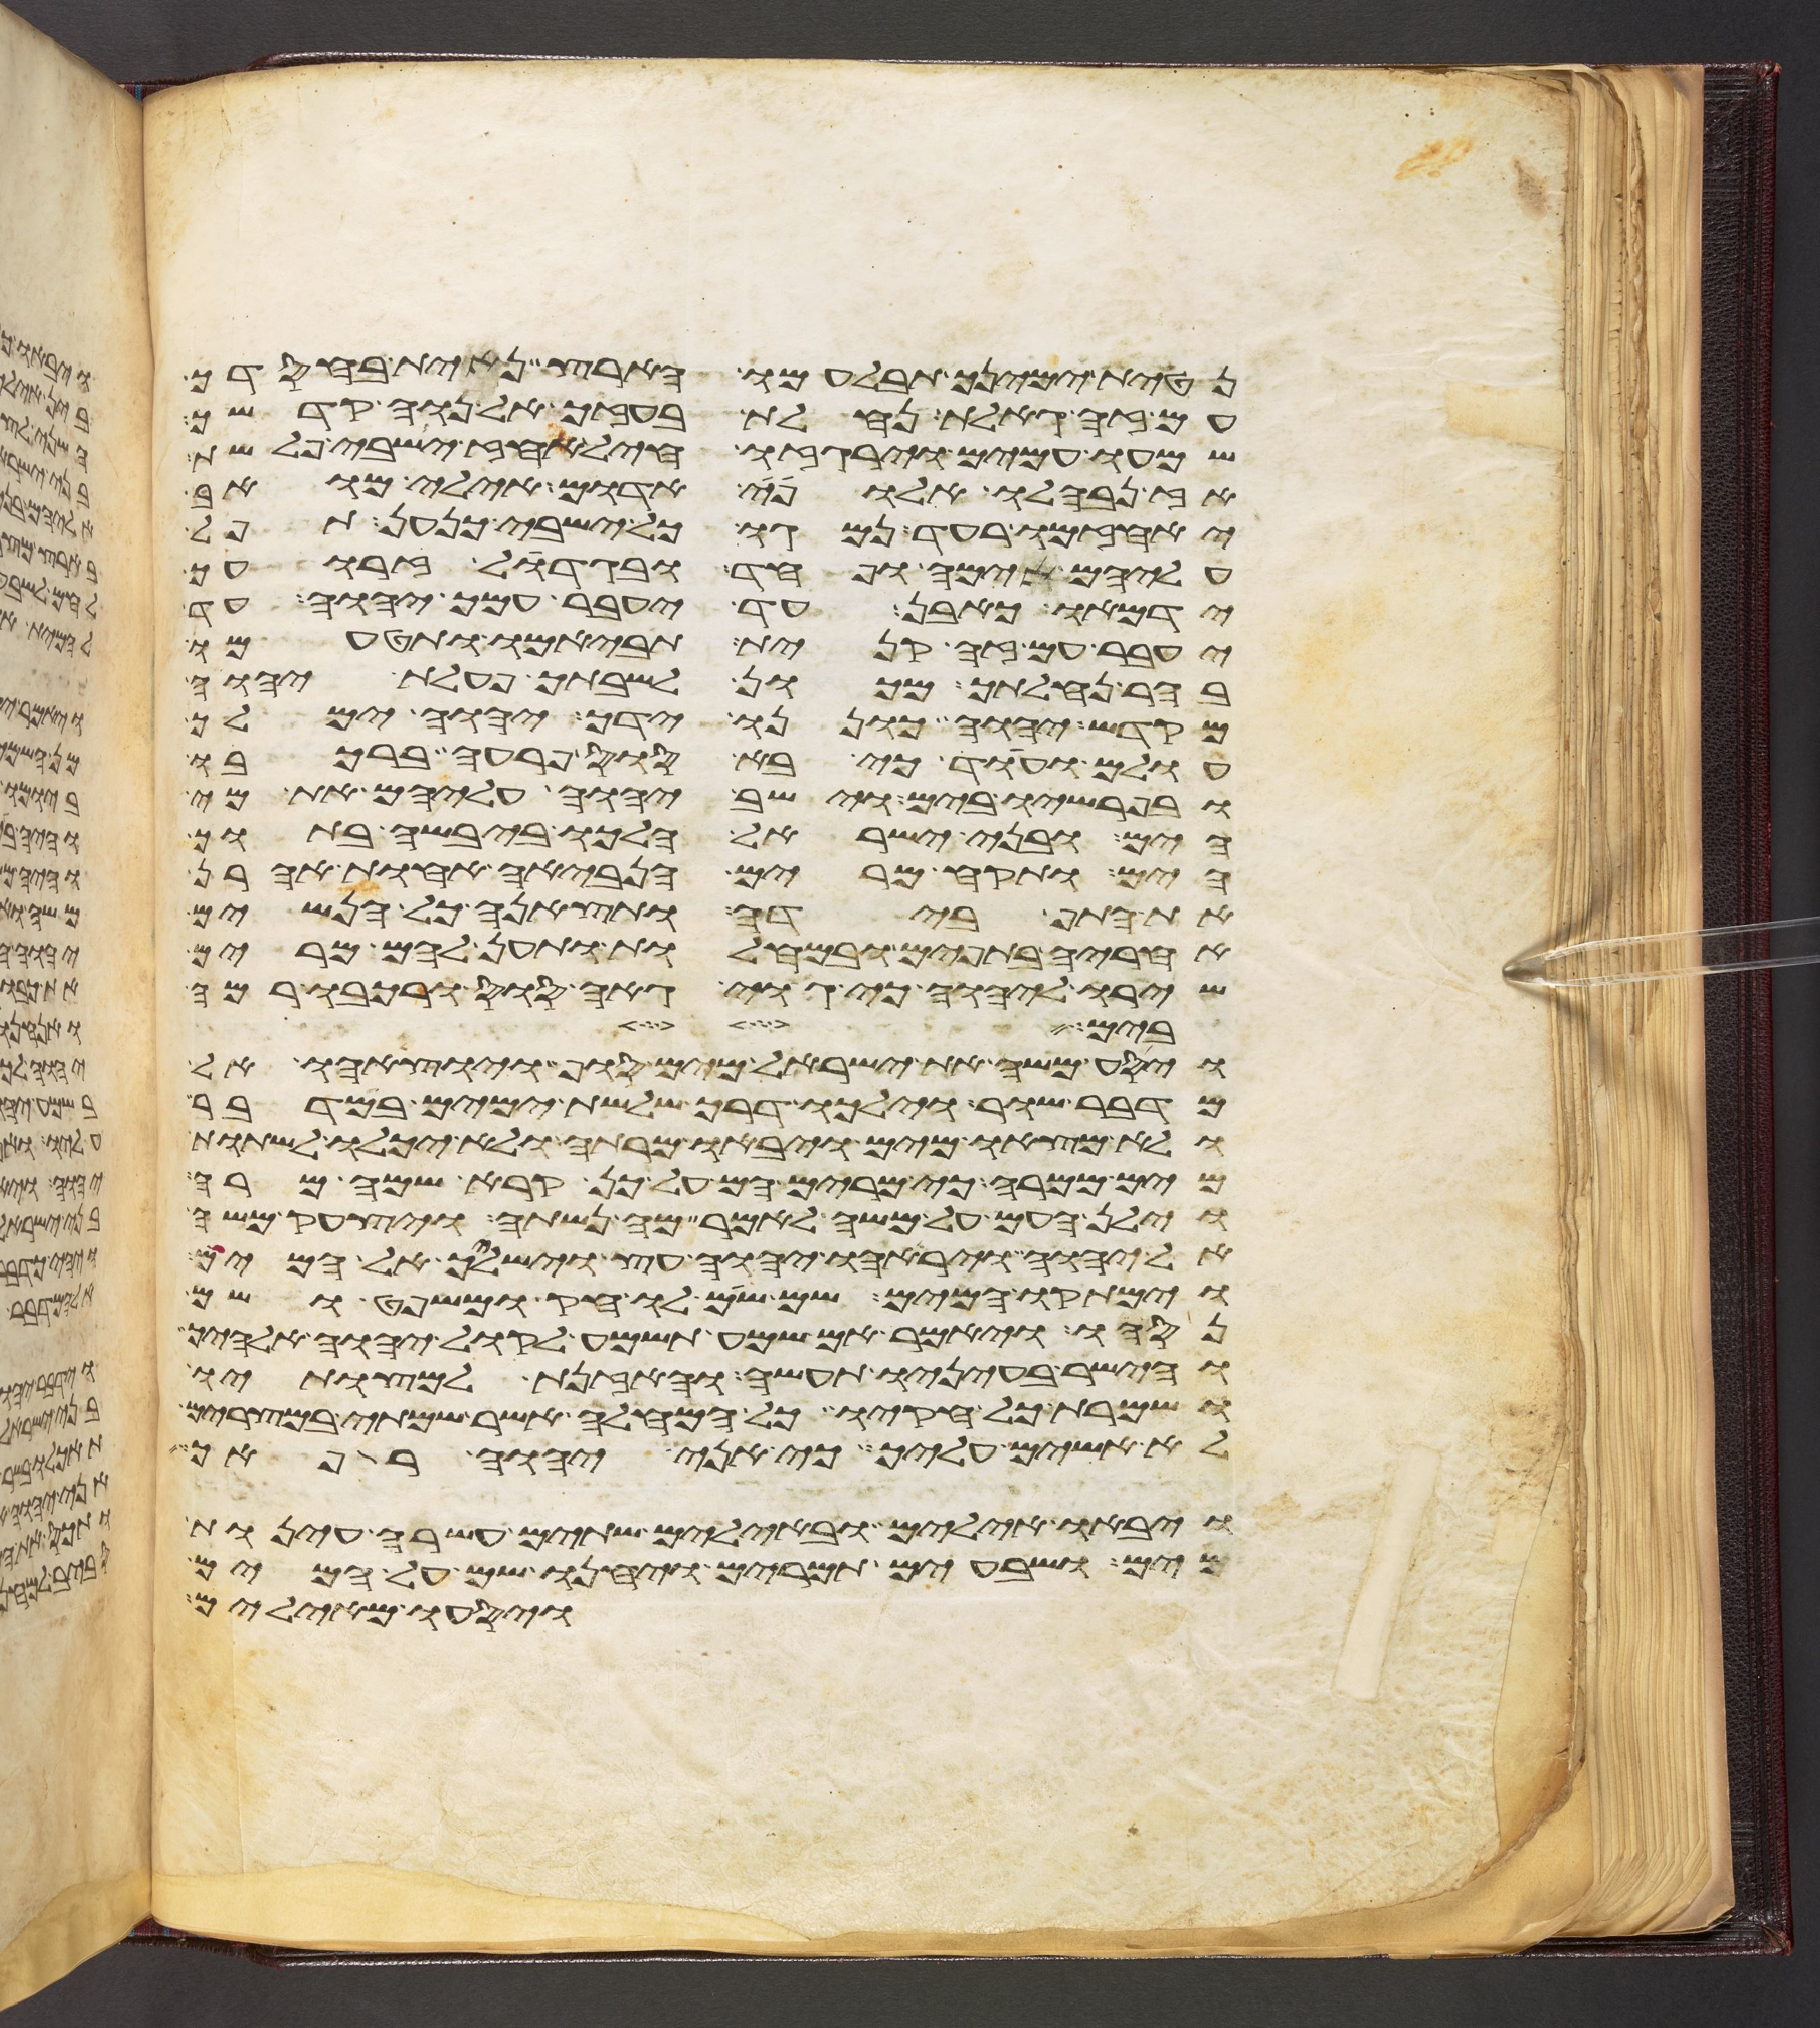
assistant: נטית ימינך תבלעמו הארץ נחית בחסדך
עם זה גאלת נחלת בעזך אל נוה קדשך
שמעו עמים וירגזו חיל אחז ישבי פלשת
אז נבהלו אלופי אדום אילי מואב
יאחזמו רעד נמגו כל ישבי כנען תפל
עליהם אימה ופחד ובגדול זרועך
ידמאו כאבן עד יעבר עמך יהוה עד
יעבר עם זה קנית תביאמו ותטעמו
בהר נחלתך מכון לשבתך פעלת יהוה
מקדש יהוה כוננו ידך יהוה ימלך
עולם ועוד כי בא סוס פרעה ברכבו
ובפרשיו בים וישב יהוה עליהם את מי
הים ובני ישראל הלכו ביבשה בתוך
הים ותקח מרים הנביאה אחות אהרן
את התף בידה ותצאנה כל הנשים
אחריה בתפים ובמחלות ותען להם מרים
שירו ליהוה כי גוי גאה סוס ורכבו רמה
בים
ויסע משה את ישראל מים סוף ויוציאהו אל
מדבר שור וילכו דרך שלשת ימים במדבר
ולא מצאו מים ויבאו מרתה ולא יכלו לשתות
מים ממרה כי מרים הם על כן קרא שמה מרה
וילן העם על משה לאמר מה נשתה ויצעק משה
אל יהוה ויראהו יהוה עץ וישלך אל המים
וימתקו המים שם שם לו חק ומשפט ושם
נסהו ויאמר אם שמע תשמע לקול יהוה אלהיך
והישר בעיניו תעשה והאזנת למצותיו
ושמרת כל חקיו כל המחלה אשר שמתי במצרים
לא אשים עליך כי אני יהוה רפאך
ויבאו אילים ובאילים שתים עשרה עינות
מים ושבעים תמרים ויחנו שם על המים
ויסעו מאילים